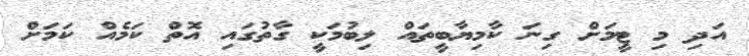
އަދި މި ޓީމަށް ގިނަ ކާމިޔާބީތައް ލިބުމަކީ ގާތުގައި އޮތް ކަަމެއް ކަމަށް